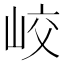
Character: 峧